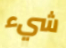
شيء